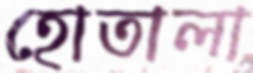
হোতালা